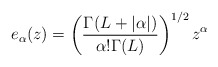
\begin{align*} e_{\alpha}(z)=\left(\frac{\Gamma(L+|\alpha|)}{\alpha!\Gamma(L)}\right)^{1/2} z^\alpha\end{align*}